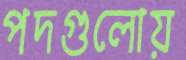
পদগুলোয়